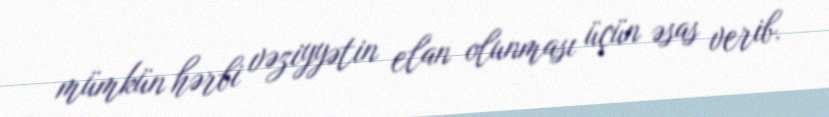
mümkün hərbi vəziyyətin elan olunması üçün əsas verib.